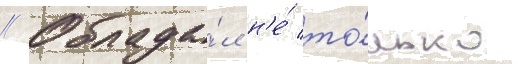
// Облада́л н'е́ то́лько